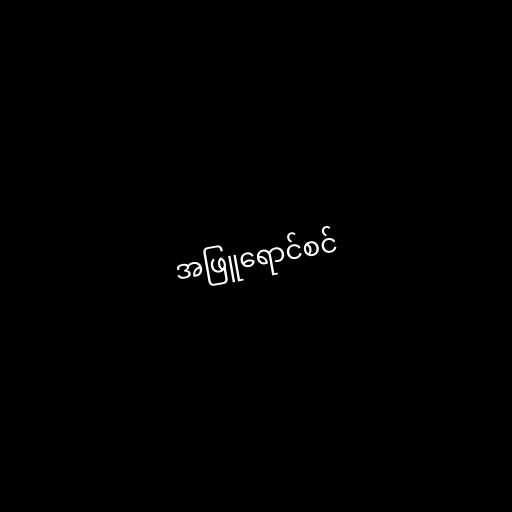
အဖြူရောင်စင်